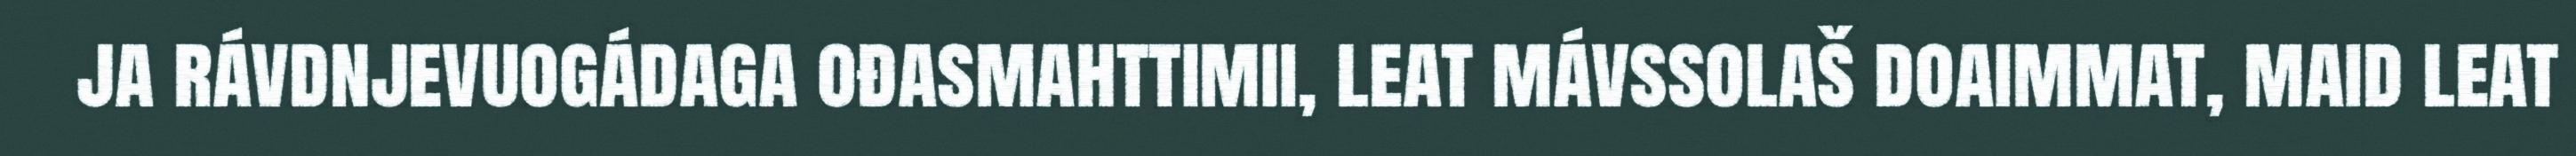
ja rávdnjevuogádaga ođasmahttimii, leat mávssolaš doaimmat, maid leat